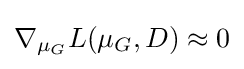
\nabla _{\mu _{G}}L(\mu _{G},D)\approx 0